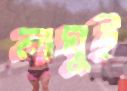
লঘুই